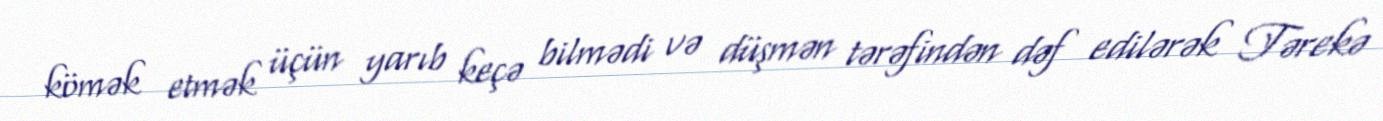
kömək etmək üçün yarıb keçə bilmədi və düşmən tərəfindən dəf edilərək Tərekə